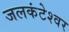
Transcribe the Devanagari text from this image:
जलकंटेश्वर